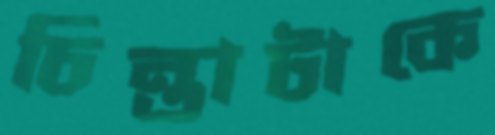
চিন্তাটাকে